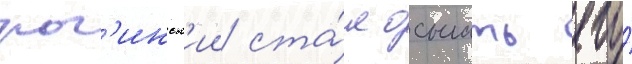
рог'инск'ии ста́л осыпать его́